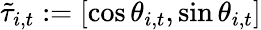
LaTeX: \tilde{\tau}_{i,t}:=[\cos\theta_{i,t},\sin\theta_{i,t}]